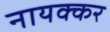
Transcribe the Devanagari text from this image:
नायक्कर